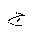
Letter: _gim